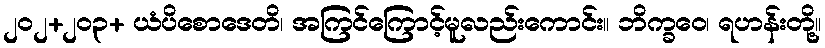
၂၀၂+၂၀၃+ ယံပိစောဒေတိ၊ အကြင်ကြောင့်မူလည်းကောင်း။ ဘိက္ခဝေ၊ ရဟန်းတို့။